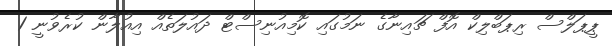
ޕީޕަލްސް ރިޕަބްލިކް އޮފް ޗައިނާގެ ނަމުގައި ކޮމިއުނިސްޓް ދައުލަތެއް އިއުލާން ކުރެވުނީ 1